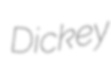
Dickey